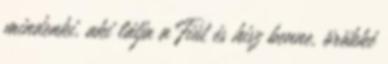
mindenki, aki látja a Fiút és hisz benne, örökké